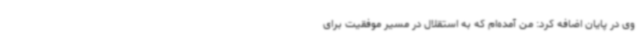
وی در پایان اضافه کرد: من آمده‌ام که به استقلال در مسیر موفقیت برای